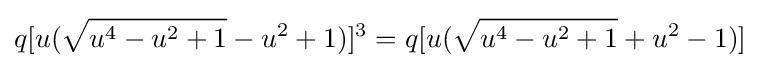
q[u({\sqrt {u^{4}-u^{2}+1}}-u^{2}+1)]^{3}=q[u({\sqrt {u^{4}-u^{2}+1}}+u^{2}-1)]